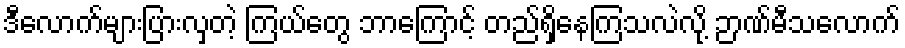
ဒီလောက်များပြားလှတဲ့ ကြယ်တွေ ဘာကြောင့် တည်ရှိနေကြသလဲလို့ ဉာဏ်မီသလောက်